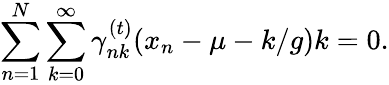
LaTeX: \sum_{n=1}^{N}\sum_{k=0}^{\infty}\gamma_{nk}^{(t)}(x_{n}-\mu-k/g)k=0.